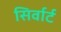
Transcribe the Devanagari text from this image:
सिर्वार्ट